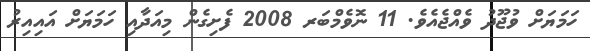
ހަމަޔަށް ވުޖޫދު ވެއްޖެއެވެ. 11 ނޮވެމްބަރ 2008 ފެށިގެން މިއަދާއި ހަމަޔަށް އައިއިރު